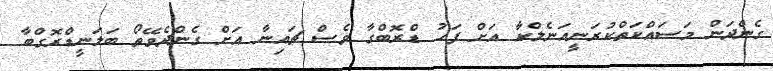
ގެންދަން މަސައްކަތްކުރަނީއަނެލްކާ އަށް ފަހު ޑްރޮބްގާ ވެސް ޗައިނާ އަށް ގެންދެވޭތޯ ބަލަނީޑްރޮގްބާ